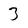
Character: 3